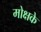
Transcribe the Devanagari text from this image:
मोक्षके